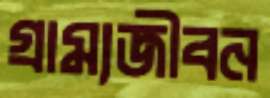
গ্রাম্যজীবন